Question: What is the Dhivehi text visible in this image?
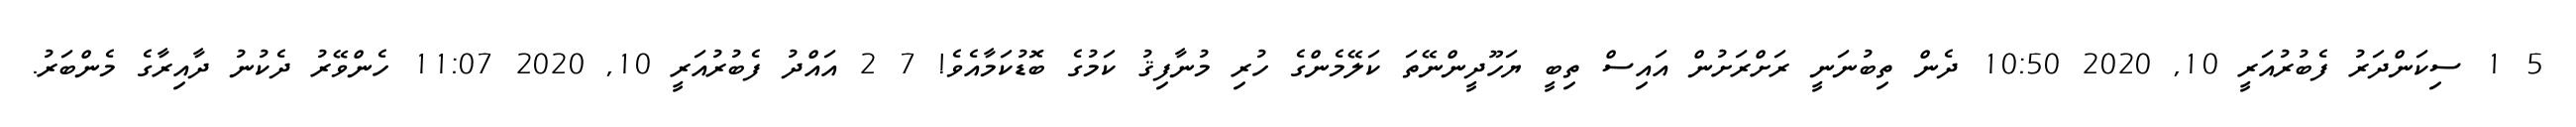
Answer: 5 1 ސިކަންދަރު ފެބުރުއަރީ 10, 2020 10:50 ދެން ތިބުނަނީ ރަށްރަށުން އައިސް ތިބީ ޔަހޫދީންނޭތަ ކަލޭމެންގެ ހުރި މުނާފިޤު ކަމުގެ ބޮޑުކަމާއެވެ! 7 2 އައްދު ފެބުރުއަރީ 10, 2020 11:07 ހެންވޭރު ދެކުނު ދާއިރާގެ މެންބަރު.